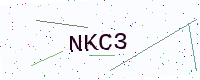
Text: NKC3